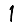
Digit: 1